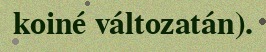
koiné változatán).